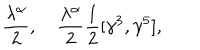
\frac { \lambda ^ { \alpha } } { 2 } , \quad \frac { \lambda ^ { \alpha } } { 2 } { \frac { 1 } { 2 } } [ \gamma ^ { 3 } , \gamma ^ { 5 } ] ,